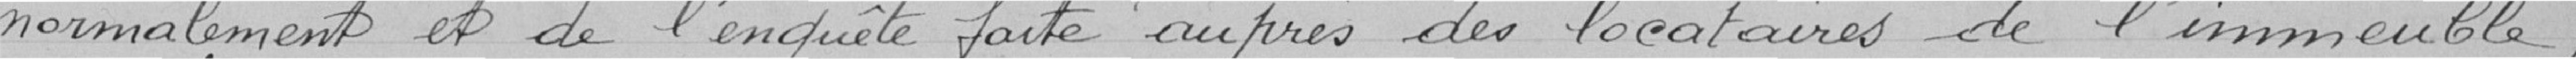
normalement et de l'enquête faite auprès des locataires de l'immeuble,